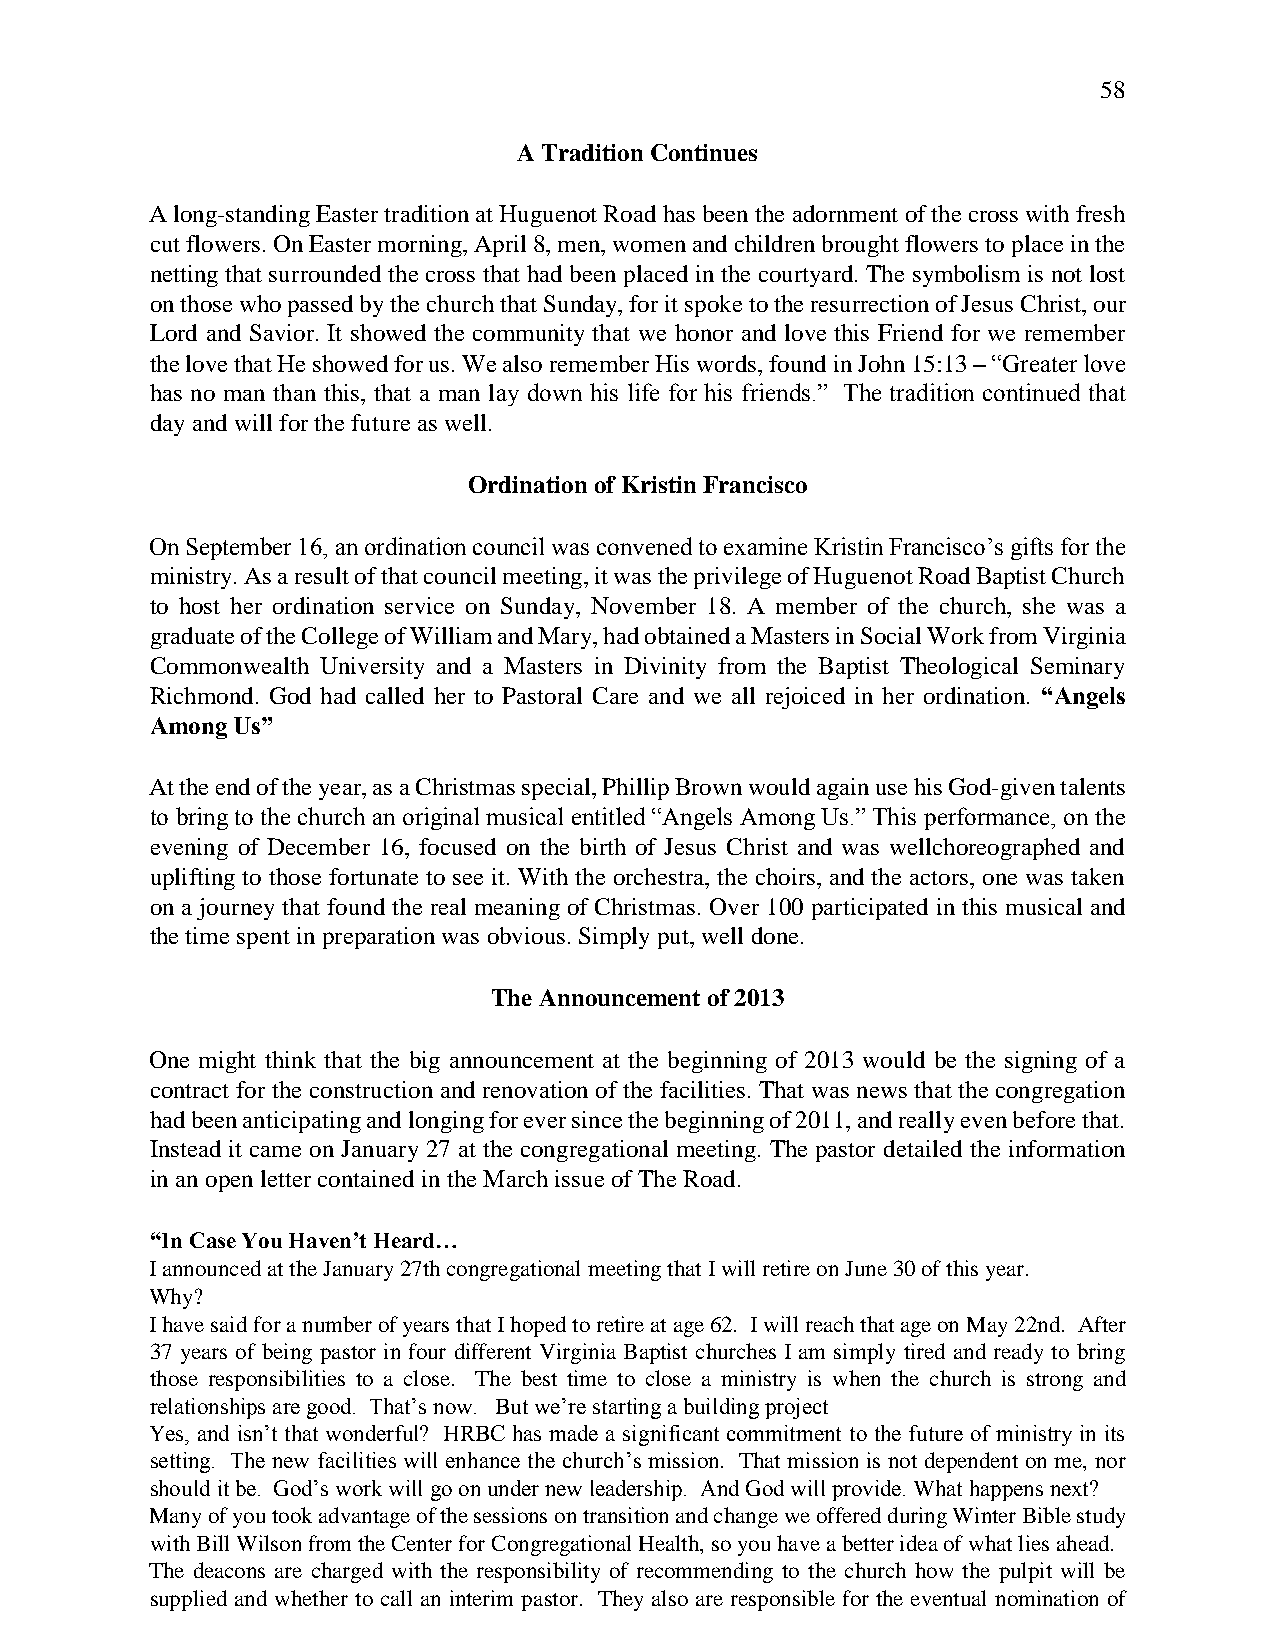
58
 A Tradition Continues
 A long-standing Easter tradition at Huguenot Road has been the adornment of the cross with fresh
 cut flowers. On Easter morning, April 8, men, women and children brought flowers to place in the
 netting that surrounded the cross that had been placed in the courtyard. The symbolism is not lost
 on those who passed by the church that Sunday, for it spoke to the resurrection of Jesus Christ, our
 Lord and Savior. It showed the community that we honor and love this Friend for we remember
 the love that He showed for us. We also remember His words, found in John 15:13 – “Greater love
 has no man than this, that a man lay down his life for his friends.” The tradition continued that
 day and will for the future as well.
 Ordination of Kristin Francisco
 On September 16, an ordination council was convened to examine Kristin Francisco’s gifts for the
 ministry. As a result of that council meeting, it was the privilege of Huguenot Road Baptist Church
 to host her ordination service on Sunday, November 18. A member of the church, she was a
 graduate of the College of William and Mary, had obtained a Masters in Social Work from Virginia
 Commonwealth University and a Masters in Divinity from the Baptist Theological Seminary
 Richmond. God had called her to Pastoral Care and we all rejoiced in her ordination. “Angels
 Among Us”
 At the end of the year, as a Christmas special, Phillip Brown would again use his God-given talents
 to bring to the church an original musical entitled “Angels Among Us.” This performance, on the
 evening of December 16, focused on the birth of Jesus Christ and was wellchoreographed and
 uplifting to those fortunate to see it. With the orchestra, the choirs, and the actors, one was taken
 on a journey that found the real meaning of Christmas. Over 100 participated in this musical and
 the time spent in preparation was obvious. Simply put, well done.
 The Announcement of 2013
 One might think that the big announcement at the beginning of 2013 would be the signing of a
 contract for the construction and renovation of the facilities. That was news that the congregation
 had been anticipating and longing for ever since the beginning of 2011, and really even before that.
 Instead it came on January 27 at the congregational meeting. The pastor detailed the information
 in an open letter contained in the March issue of The Road.
 “In Case You Haven’t Heard…
 I announced at the January 27th congregational meeting that I will retire on June 30 of this year.
 Why?
 I have said for a number of years that I hoped to retire at age 62. I will reach that age on May 22nd. After
 37 years of being pastor in four different Virginia Baptist churches I am simply tired and ready to bring
 those responsibilities to a close. The best time to close a ministry is when the church is strong and
 relationships are good. That’s now. But we’re starting a building project
 Yes, and isn’t that wonderful? HRBC has made a significant commitment to the future of ministry in its
 setting. The new facilities will enhance the church’s mission. That mission is not dependent on me, nor
 should it be. God’s work will go on under new leadership. And God will provide. What happens next?
 Many of you took advantage of the sessions on transition and change we offered during Winter Bible study
 with Bill Wilson from the Center for Congregational Health, so you have a better idea of what lies ahead.
 The deacons are charged with the responsibility of recommending to the church how the pulpit will be
 supplied and whether to call an interim pastor. They also are responsible for the eventual nomination of